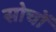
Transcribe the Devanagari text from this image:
सोचों